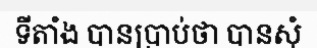
ទីតាំង បានប្រាប់ថា បានសុំ